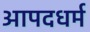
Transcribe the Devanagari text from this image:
आपदधर्म